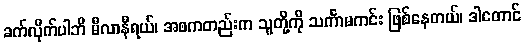
ခက်လိုက်ပါဘိ မီလာနီရယ်၊ အစကတည်းက သူတို့ကို သင်္ကာမကင်း ဖြစ်နေတယ်၊ ဒါတောင်